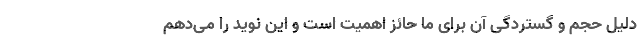
دلیل حجم و گستردگی آن برای ما حائز اهمیت است و این نوید را می‌دهم